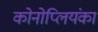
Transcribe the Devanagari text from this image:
कोनोप्लियंका